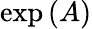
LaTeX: \exp\left(A\right)